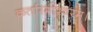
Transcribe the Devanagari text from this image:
कर्तारमीश्वरम्।